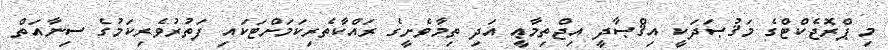
މި ޕްރޮޖެކްޓްގެ މަޤުޞަދަކީ އިޤްޞާދީ އިޖްތިމާޢީ އަދި ތިމާވެށީގެ ރައްކާތެރިކަމަށްޓަކައި ފަތުރުވެރިކަމުގެ ސިނާއަތް